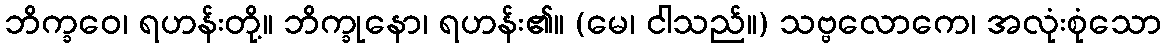
ဘိက္ခဝေ၊ ရဟန်းတို့။ ဘိက္ခုနော၊ ရဟန်း၏။ (မေ၊ ငါသည်။) သဗ္ဗလောကေ၊ အလုံးစုံသော